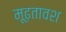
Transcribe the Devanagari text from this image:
मूढ़तावश